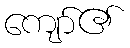
ကျော်၏